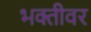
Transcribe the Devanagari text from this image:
भक्तीवर